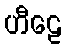
ဟီဠေ